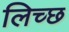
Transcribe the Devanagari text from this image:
लिच्छ